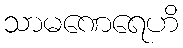
သာမဏေရေဟိ